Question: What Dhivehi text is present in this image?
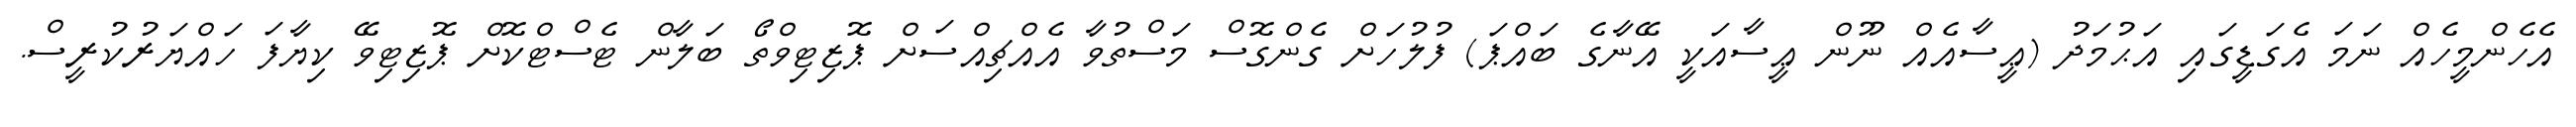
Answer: އެހެންމީހެއް ނަމަ އެގަޑީގައި އަޙުމަދު (ޢީސާއެއް ނޫން ޢީސާއަކީ އޭނާގެ ބައްޕަ) ފުލުހަށް ގެންގޮސް މަސްތުވާ އެއްޗިއްސަށް ޕޮޒިޓިވްތޯ ބަލާން ޓެސްޓްކޮށް ޕޮޒިޓިވޭ ކިޔާފަ ހައްޔަރުކުރީސް.